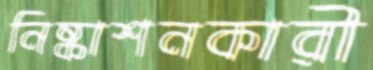
নিষ্কাশনকারী